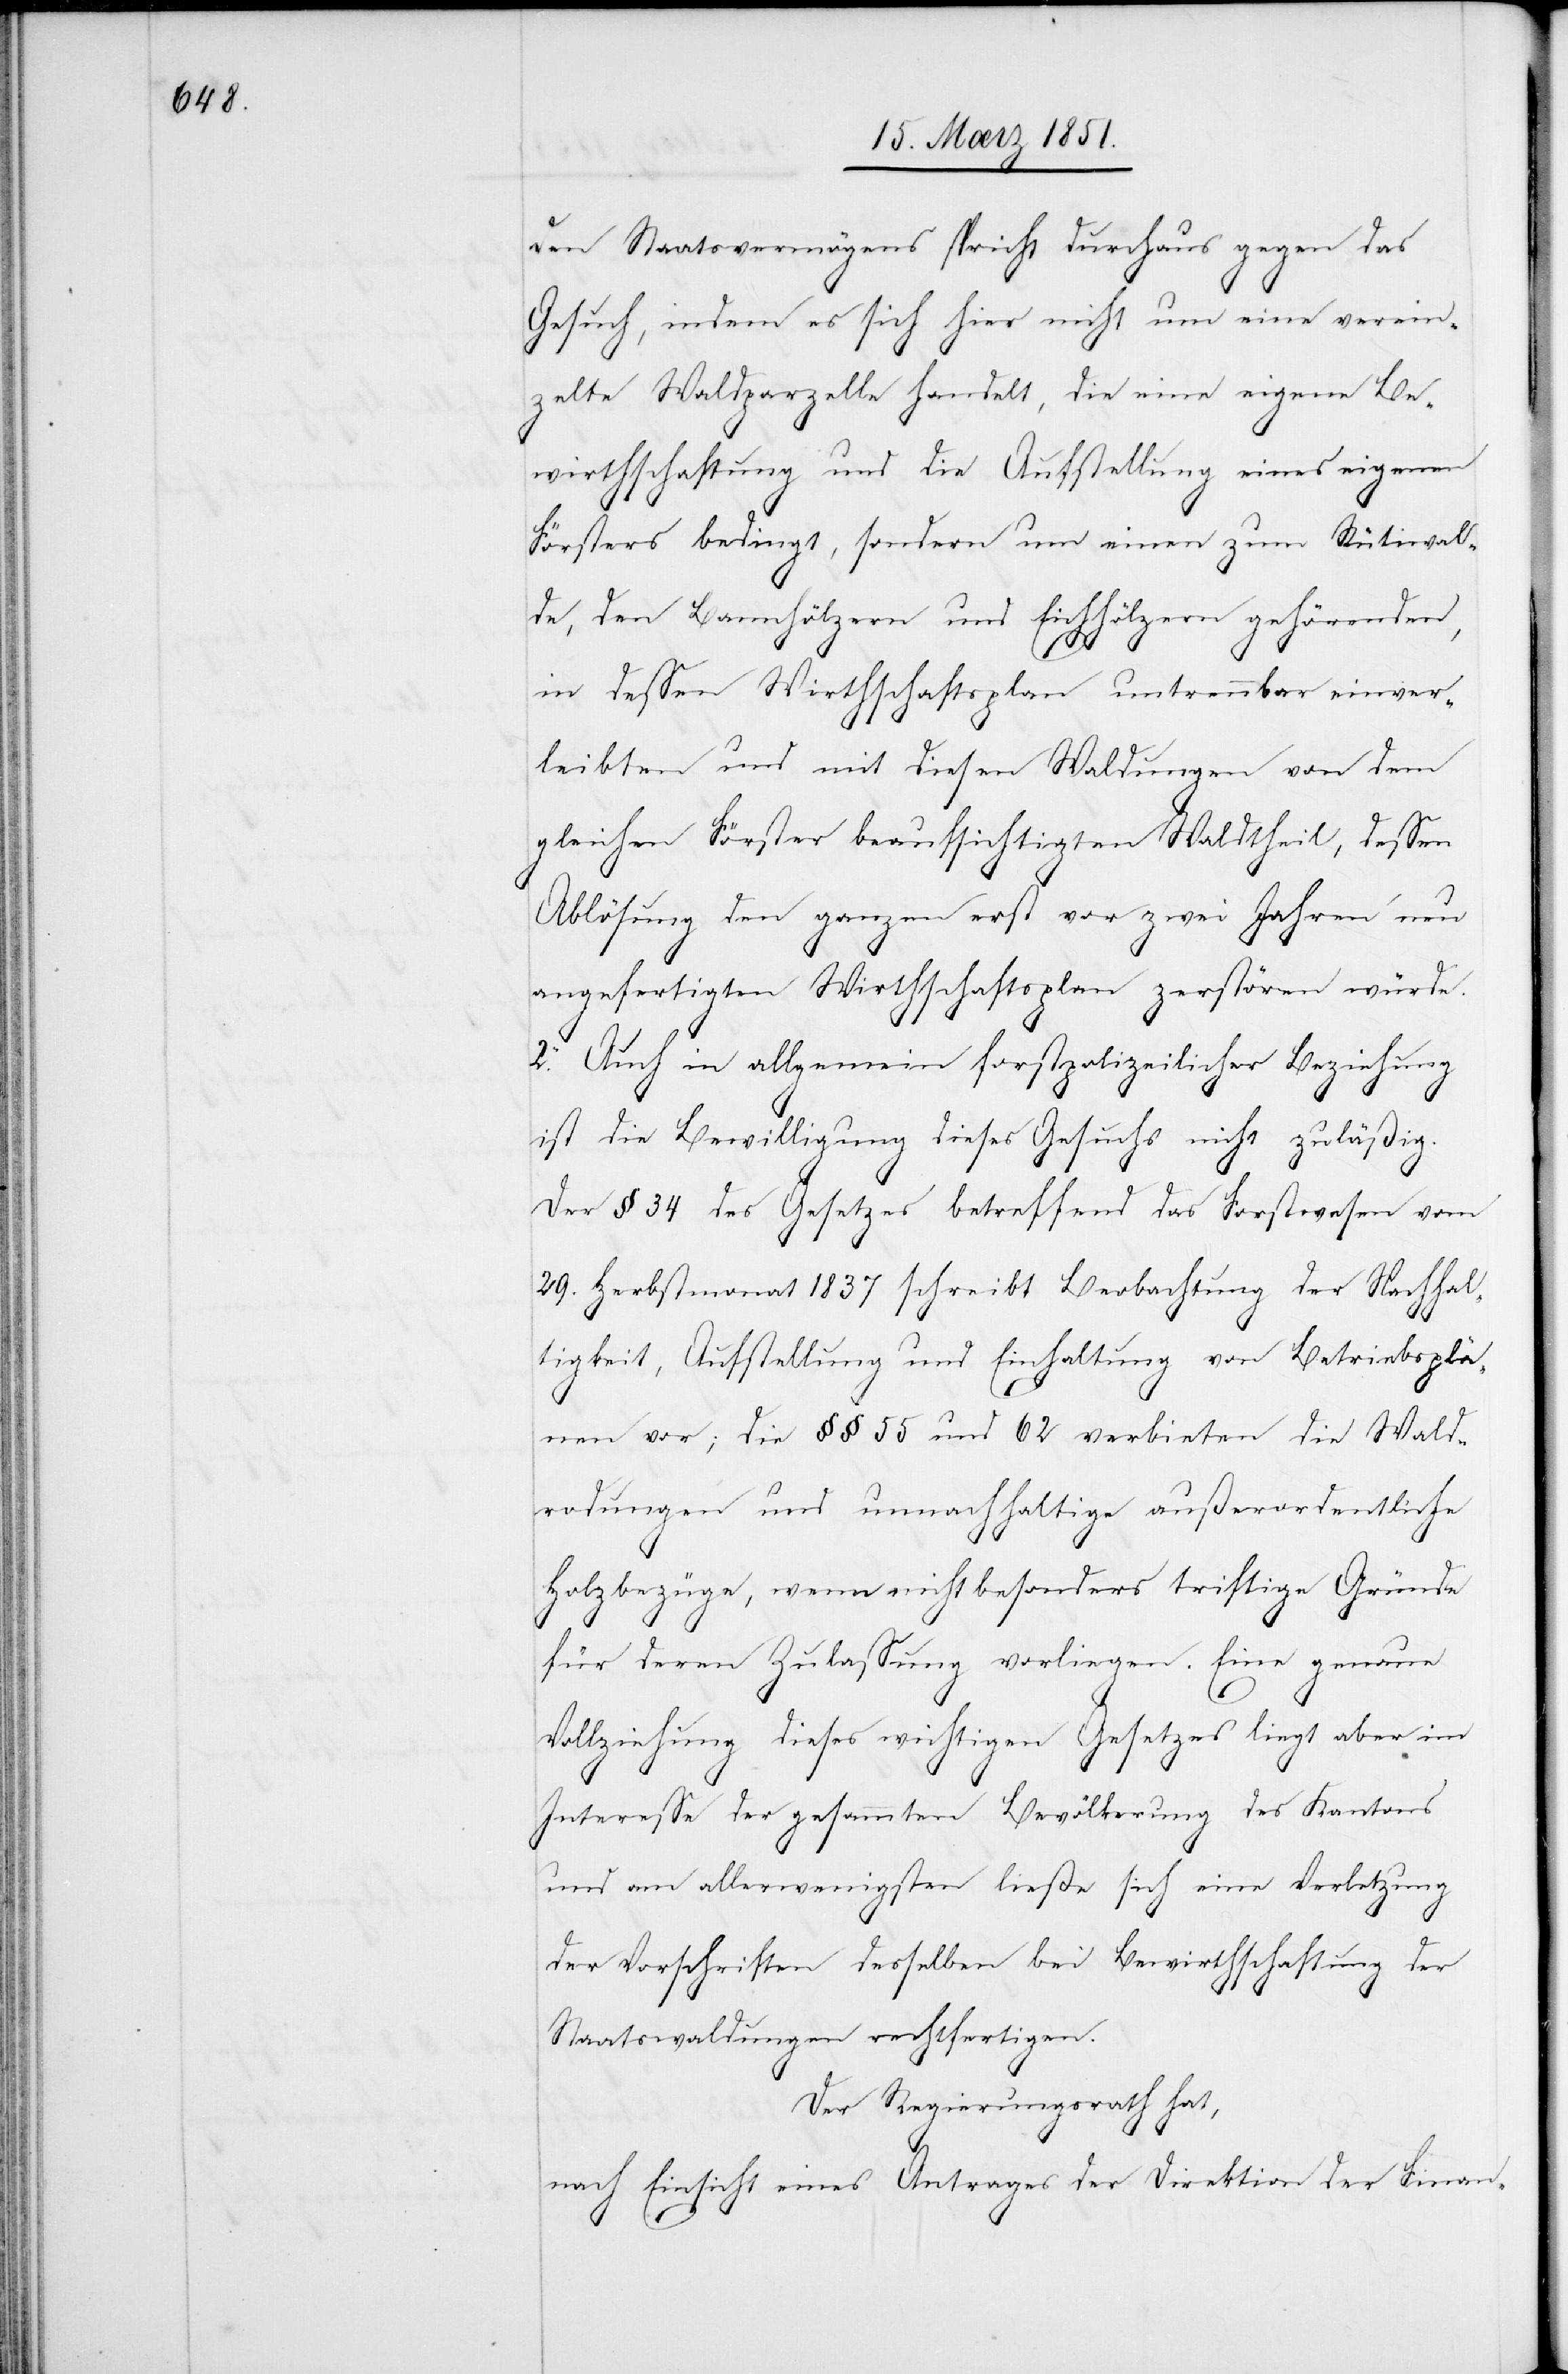
den Staatsvermögens spricht durchaus gegen das
Gesuch, indem es sich hier nicht um eine verein¬
zelte Waldparzelle handelt, die eine eigene Be¬
wirthschaftung und die Aufstellung eines eigenen
Försters bedingt, sondern um einen zum Rütiwal¬
de, den Bannhölzern und Eichhölzern gehörenden,
in dessen Wirthschaftsplan untrennbar einver¬
leibten und mit diesen Waldungen von dem
gleichen Förster beaufsichtigten Waldtheil, dessen
Ablösung den ganzen erst vor zwei Jahren neu
angefertigten Wirthschaftsplan zerstören würde.
2. Auch in allgemein forstpolizeilicher Beziehung
ist die Bewilligung dieses Gesuchs nicht zuläßig.
Der § 34 des Gesetzes betreffend das Forstwesen vom
29. Herbstmonat 1837 schreibt Beobachtung der Nachhal¬
tigkeit, Aufstellung und Einhaltung von Betriebsplä¬
nen vor; die §§ 55 und 62 verbieten die Wald¬
rodungen und unnachhaltige außerordentliche
Holzbezüge, wenn nicht besonders triftige Gründe
für deren Zulassung vorliegen. Eine genaue
Vollziehung dieses wichtigen Gesetzes liegt aber im
Interesse der gesammten Bevölkerung des Kantons
und am allerwenigsten ließe sich eine Verletzung
der Vorschriften desselben bei Bewirthschaftung der
Staatswaldungen rechtfertigen.
Der Regierungsrath hat,
nach Einsicht eines Antrages der Direktion der Finan-